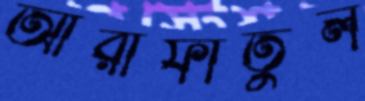
আরাফাতুল